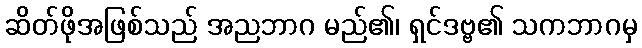
ဆိတ်ဖိုအဖြစ်သည် အညဘာဂ မည်၏၊ ရှင်ဒဗ္ဗ၏ သကဘာဂမှ